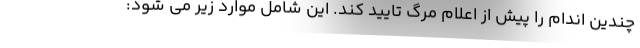
چندین اندام را پیش از اعلام مرگ تایید کند. این شامل موارد زیر می شود: